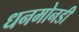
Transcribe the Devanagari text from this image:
धनमोनडी